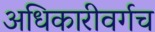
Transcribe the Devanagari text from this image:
अधिकारीवर्गच